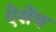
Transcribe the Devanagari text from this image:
ऐसेंच